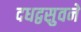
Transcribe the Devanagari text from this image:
दधद्वसुवने